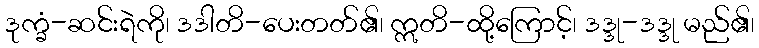
ဒုက္ခံ-ဆင်းရဲကို၊ ဒဒါတိ-ပေးတတ်၏၊ ဣတိ-ထို့ကြောင့်၊ ဒဒ္ဒု-ဒဒ္ဒု မည်၏၊